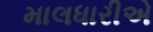
માલધારીએ